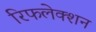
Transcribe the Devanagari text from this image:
रिफलेक्शन